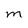
Character: m